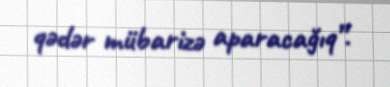
qədər mübarizə aparacağıq”.